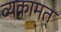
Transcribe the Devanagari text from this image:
व्यक्रामत्